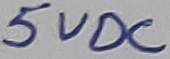
Text: 5VDC